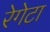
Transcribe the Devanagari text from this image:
रेगेटा